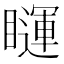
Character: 𰦅